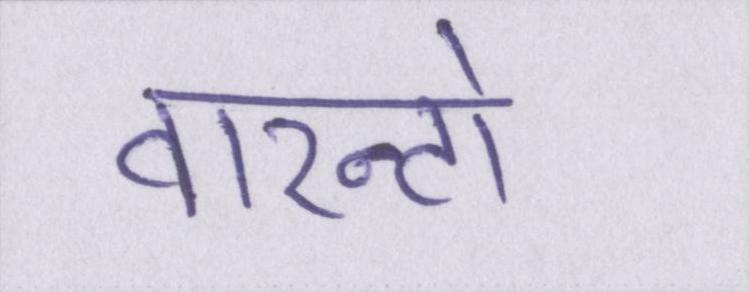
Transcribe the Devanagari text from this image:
वारन्टो